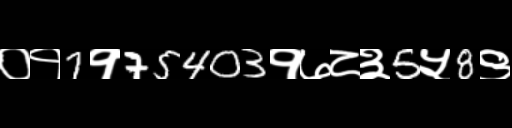
Text: ०१7१75403१७८३5५8९